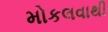
મોકલવાથી